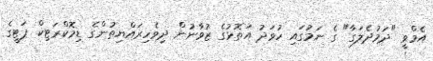
އެމްވީ "ދަމުދެލަގާ" ގެ ނަމުގައި ހުވަދު އަތޮޅުގެ ޒުވާނުން ދިވެހިރައްޔިތުންގެ ޑިމޮކްރަޓިކް ޕަޓީގެ